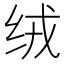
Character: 绒